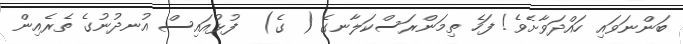
ބަންނަވައި ހައްދަވާށެވެ! ފަހެ ތިމަންރަސްކަލާނގެ ( ގެ)  ފުޅުއައިސް އުނދުނުގެ ތެރެއިން